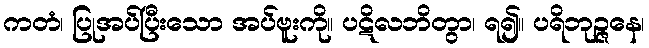
ကတံ၊ ပြုအပ်ပြီးသော အပ်ဗူးကို။ ပဋိလဘိတွာ၊ ရ၍။ ပရိဘုဉ္ဇနေ၊